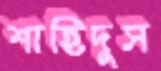
শাহিদুস